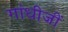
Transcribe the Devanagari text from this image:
गांधीजीं